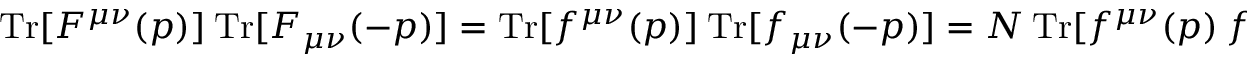
\mathrm { T r } [ F ^ { \mu \nu } ( p ) ] ~ \mathrm { T r } [ F _ { \mu \nu } ( - p ) ] = \mathrm { T r } [ f ^ { \mu \nu } ( p ) ] ~ \mathrm { T r } [ f _ { \mu \nu } ( - p ) ] = N ~ \mathrm { T r } [ f ^ { \mu \nu } ( p ) ~ f _ { \mu \nu } ( - p ) ] ~ .